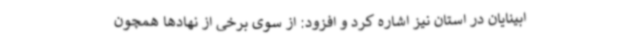
ابینایان در استان نیز اشاره کرد و افزود: از سوی برخی از نهادها همچون